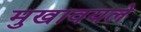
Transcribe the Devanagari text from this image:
मुखावयले